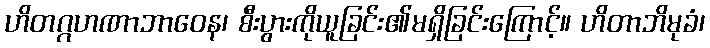
ဟိတဂ္ဂဟဏာဘာဝေန၊ စီးပွားကိုယူခြင်း၏မရှိခြင်းကြောင့်။ ဟိတာဘိမုခံ၊